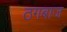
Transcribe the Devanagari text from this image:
ठगबाज